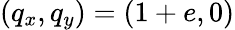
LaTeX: (q_{x},q_{y})=(1+e,0)